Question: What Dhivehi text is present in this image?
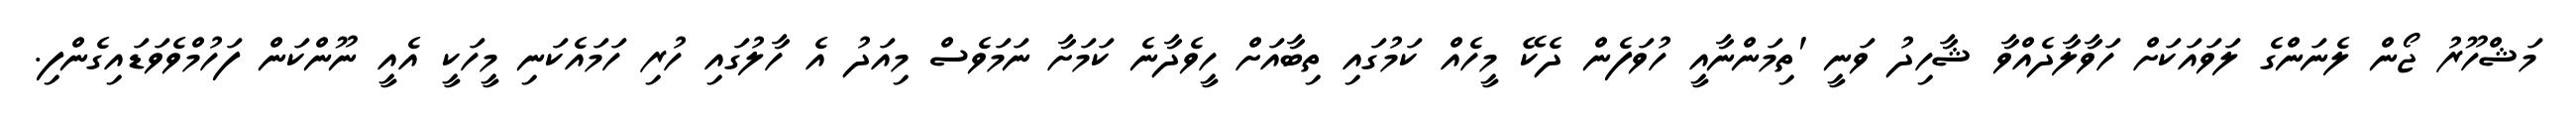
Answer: މަޝްހޫރު ޖޯން ލެނަންގެ ލަވައަކަށް ހަވާލާދެއްވާ ޝާހިދު ވަނީ 'ތިމަންނާއީ ހުވަފެން ދެކޭ މީހެއް ކަމުގައި ތިބާއަށް ހީވެދާނެ ކަމަށާ ނަމަވެސް މިއަދު އެ ހާލުގައި ހުރި ހަމައެކަނި މީހަކީ އެއީ ނޫންކަން ފަހުމްވެވަޑައިގެންފި.